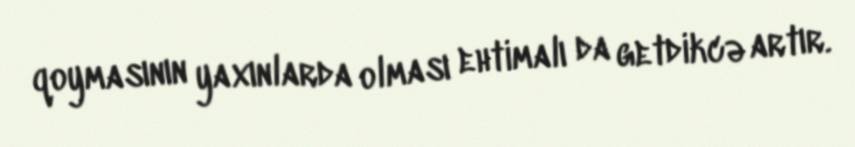
qoymasının yaxınlarda olması ehtimalı da getdikcə artır.